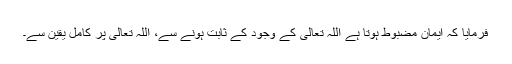
فرمایا کہ ایمان مضبوط ہوتا ہے اللہ تعالیٰ کے وجود کے ثابت ہونے سے، اللہ تعالیٰ پر کامل یقین سے۔